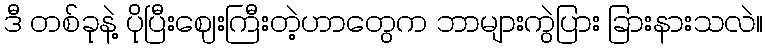
ဒီ တစ်ခုနဲ့ ပိုပြီးဈေးကြီးတဲ့ဟာတွေက ဘာများကွဲပြား ခြားနားသလဲ။